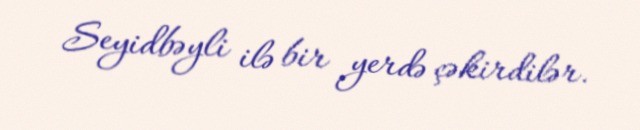
Seyidbəyli ilə bir yerdə çəkirdilər.